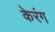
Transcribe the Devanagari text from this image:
केरंग